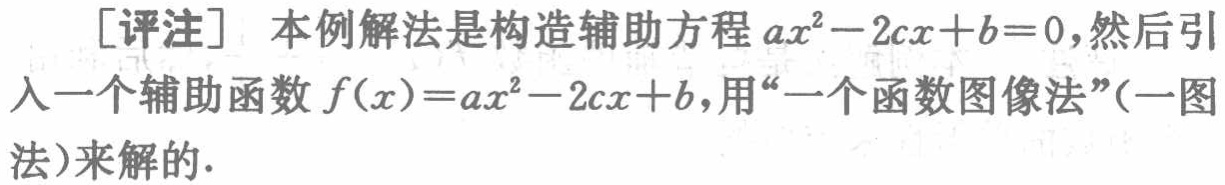
[评注] 本例解法是构造辅助方程\(ax^{2}-2cx + b = 0\)，然后引入一个辅助函数\(f(x)=ax^{2}-2cx + b\)，用“一个函数图像法”（一图法）来解的.